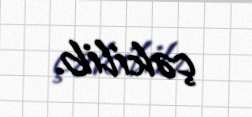
çəkilib.